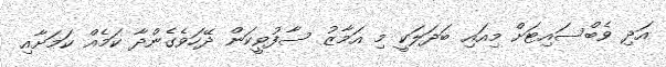
އަދި ވެބްސައިޓަށް މިއައި ބަދަލަކީ މި އަމާޒު ސާފުވީކަން ދޭހަވެގެންދާ ކަމެއް ކަމަށާއި